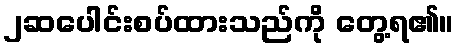
၂ဆပေါင်းစပ်ထားသည်ကို တွေ့ရ၏။